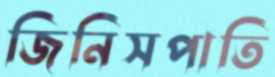
জিনিসপাতি